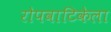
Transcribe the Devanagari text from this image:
रोपवाटिकेला